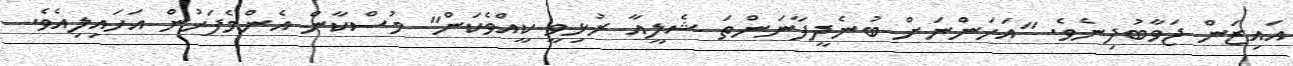
އައިޒަން ޖަވާބުދިނެވެ. "އަހަންނަށް ބުނެދީފާނަންތަ ޝެލީއާ ރުޅިވީ ކީއްވެކަން" މުސްކާން އެންމެފަހުން އަހައިލިއެވެ.